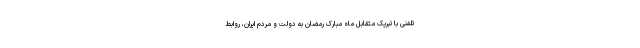
تلفنی با تبریک متقابل ماه مبارک رمضان به دولت و مردم ایران، روابط